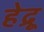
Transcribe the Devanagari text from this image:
हेद्रू